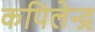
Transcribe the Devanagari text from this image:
कपिलेन्द्र